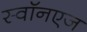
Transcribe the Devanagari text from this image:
स्वॉनएज